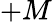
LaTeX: +M